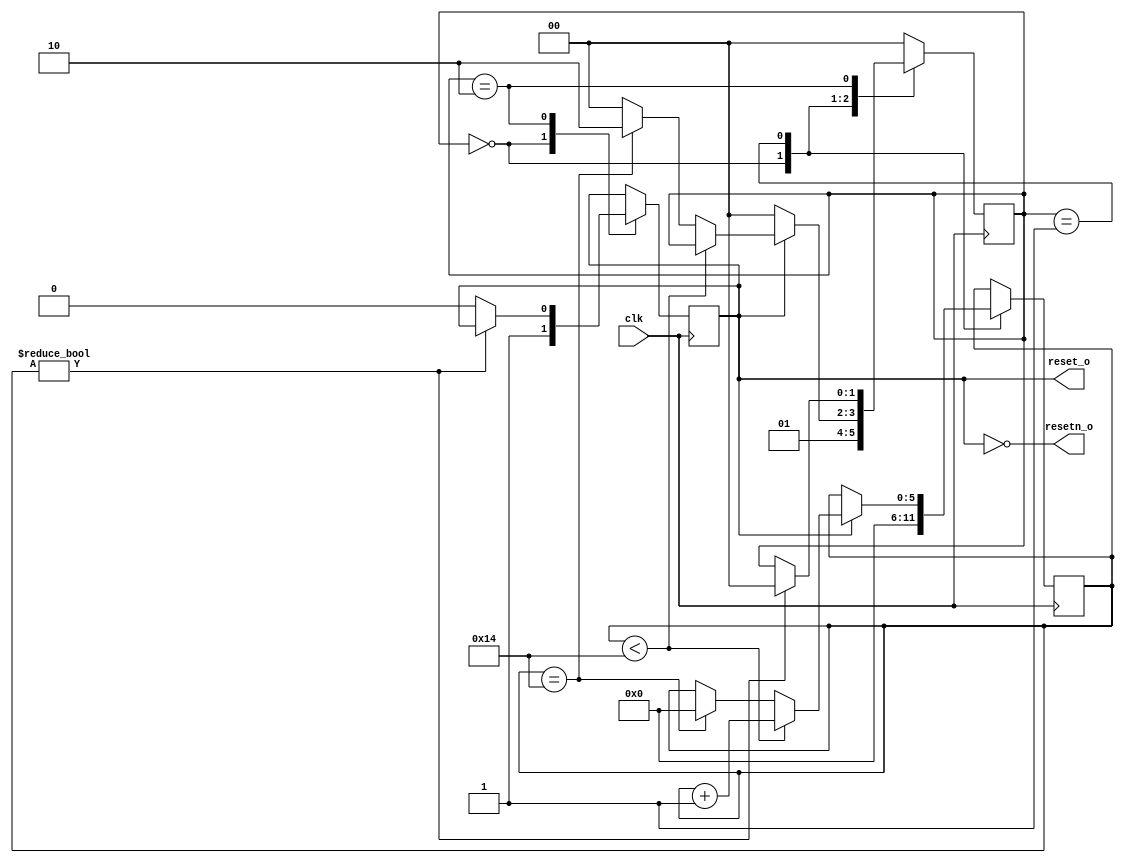
module ResetBootSystem #(
    parameter CYCLES = 20
) (
    input wire clk,
    output reg reset_o,
    output wire resetn_o
);

assign resetn_o = ~reset_o;

reg [1:0] state;
reg [5:0] counter;

localparam INIT = 2'b00;
localparam RESET_COUNTER = 2'b01;
localparam IDLE = 2'b10;

initial begin
    state = 2'b01;
    reset_o = 2'b0;
    counter = 6'h00;
end

always @(posedge clk ) begin
    case (state)
        INIT: begin
            reset_o <= 1'b1;
            state <= RESET_COUNTER;
            counter <= 6'h00;
        end

        RESET_COUNTER: begin
            if(reset_o == 1'b0) begin
                state <= INIT;
            end else begin
                if(counter < CYCLES) begin
                    counter <= counter + 1;
                end else if(counter == CYCLES) begin
                    counter <= 0;
                    state <= IDLE;
                end else begin
                    state <= INIT;
                end
            end
        end

        IDLE: begin
            if(counter != 0) begin
                state <= INIT;
            end else begin
                reset_o <= 1'b0;
            end
        end

        default: state <= INIT;
    endcase
end

endmodule